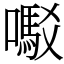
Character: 𫬇